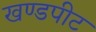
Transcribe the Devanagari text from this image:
खण्डपीट